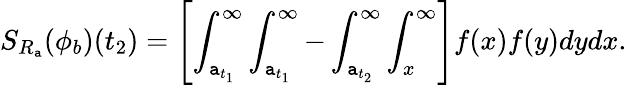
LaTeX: S_{R_{\mathtt{a}}}(\phi_{b})(t_{2})=\left[\int_{\mathtt{a}_{t_{1}}}^{\infty}\int_{\mathtt{a}_{t_{1}}}^{\infty}-\int_{\mathtt{a}_{t_{2}}}^{\infty}\int_{x}^{\infty}\right]f(x)f(y)dydx.